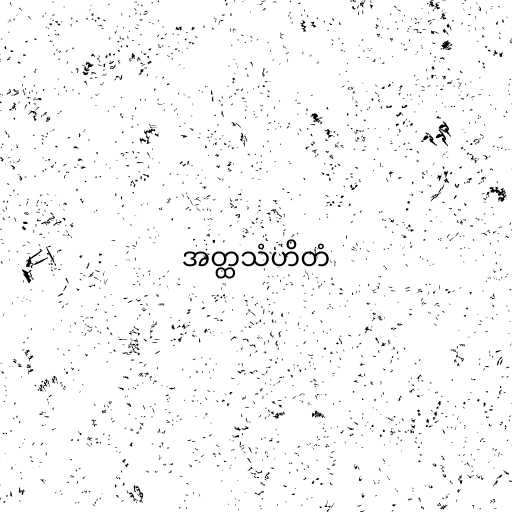
အတ္ထသံဟိတံ